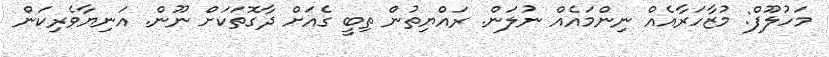
މަހުލޫފް: މުޒާހަރާއެއް ނިންމައެއް ނުލަން. ރައްޔިތުން ތިބީ ގެއަށް ދާގޮތަކަށް ނޫން. އަނިޔާވެރިކަން